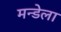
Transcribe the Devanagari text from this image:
मन्डेला